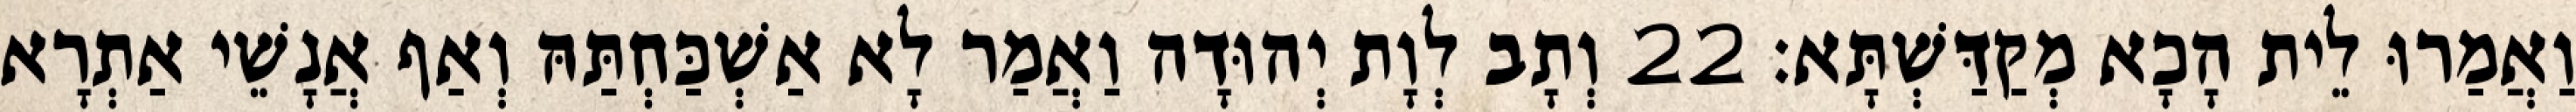
וַאֲמַרוּ לֵית הָכָא מְקַדַּשְׁתָּא׃ 22 וְתָב לְוָת יְהוּדָה וַאֲמַר לָא אַשְׁכַּחְתַּהּ וְאַף אֲנָשֵׁי אַתְרָא